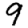
Digit: 9